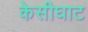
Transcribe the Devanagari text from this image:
केसीघाट